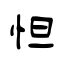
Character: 怛